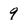
Character: 9